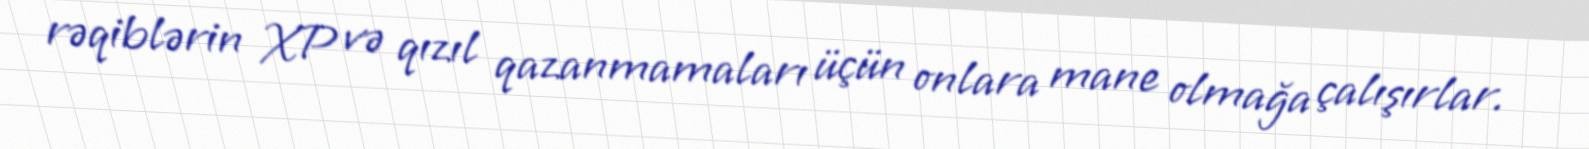
rəqiblərin XP və qızıl qazanmamaları üçün onlara mane olmağa çalışırlar.